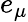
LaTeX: e_{\mu}